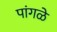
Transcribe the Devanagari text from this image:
पांगळे